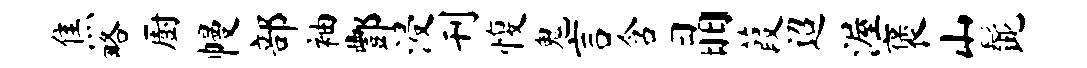
焦略厨幔部袖酆浸刊愎鬼言含晶葭迢渥褒山髭